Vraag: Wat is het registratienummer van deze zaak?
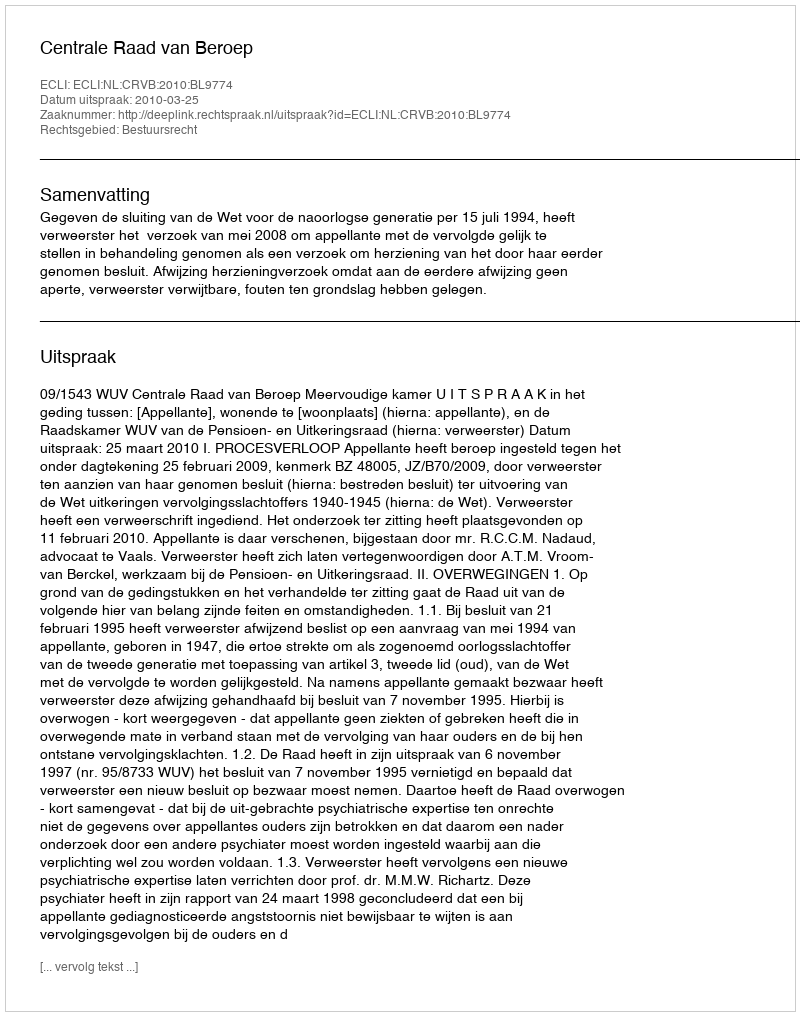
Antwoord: http://deeplink.rechtspraak.nl/uitspraak?id=ECLI:NL:CRVB:2010:BL9774